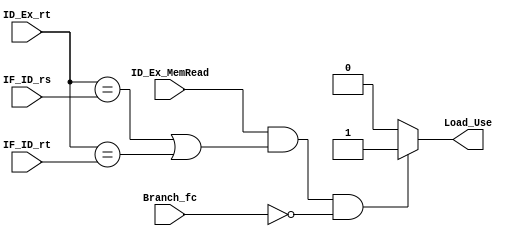
module loaduse_detect (
    ID_Ex_MemRead,ID_Ex_rt,IF_ID_rs,IF_ID_rt,Branch_fc,
    Load_Use
);

input ID_Ex_MemRead;
input Branch_fc;
input[4:0] ID_Ex_rt,IF_ID_rs,IF_ID_rt;
output reg Load_Use;

initial begin
    Load_Use=0;
end

always @(*) begin
    if(ID_Ex_MemRead && (ID_Ex_rt==IF_ID_rs || ID_Ex_rt==IF_ID_rt) && Branch_fc==0)begin
        Load_Use<=1;
    end
    else begin
        Load_Use<=0;
    end 
end
    
endmodule